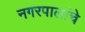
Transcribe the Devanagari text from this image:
नगरपालांचे